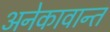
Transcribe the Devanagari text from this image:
अनेकावान्त